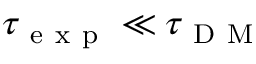
\tau _ { \mathrm { ~ e ~ x ~ p ~ } } \ll \tau _ { \mathrm { ~ D ~ M ~ } }